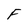
Character: F